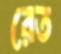
রেত